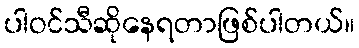
ပါဝင်သီဆိုနေရတာဖြစ်ပါတယ်။